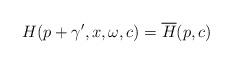
LaTeX: \begin{align*}H(p+\gamma',x,\omega,c)=\overline{H}(p,c)\end{align*}